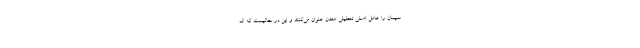
سیمان را عامل اصلی تعطیلی معدن عنوان می‌کنند و این در حالیست که ک